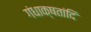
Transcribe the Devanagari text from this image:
गंधाक्षतांदि